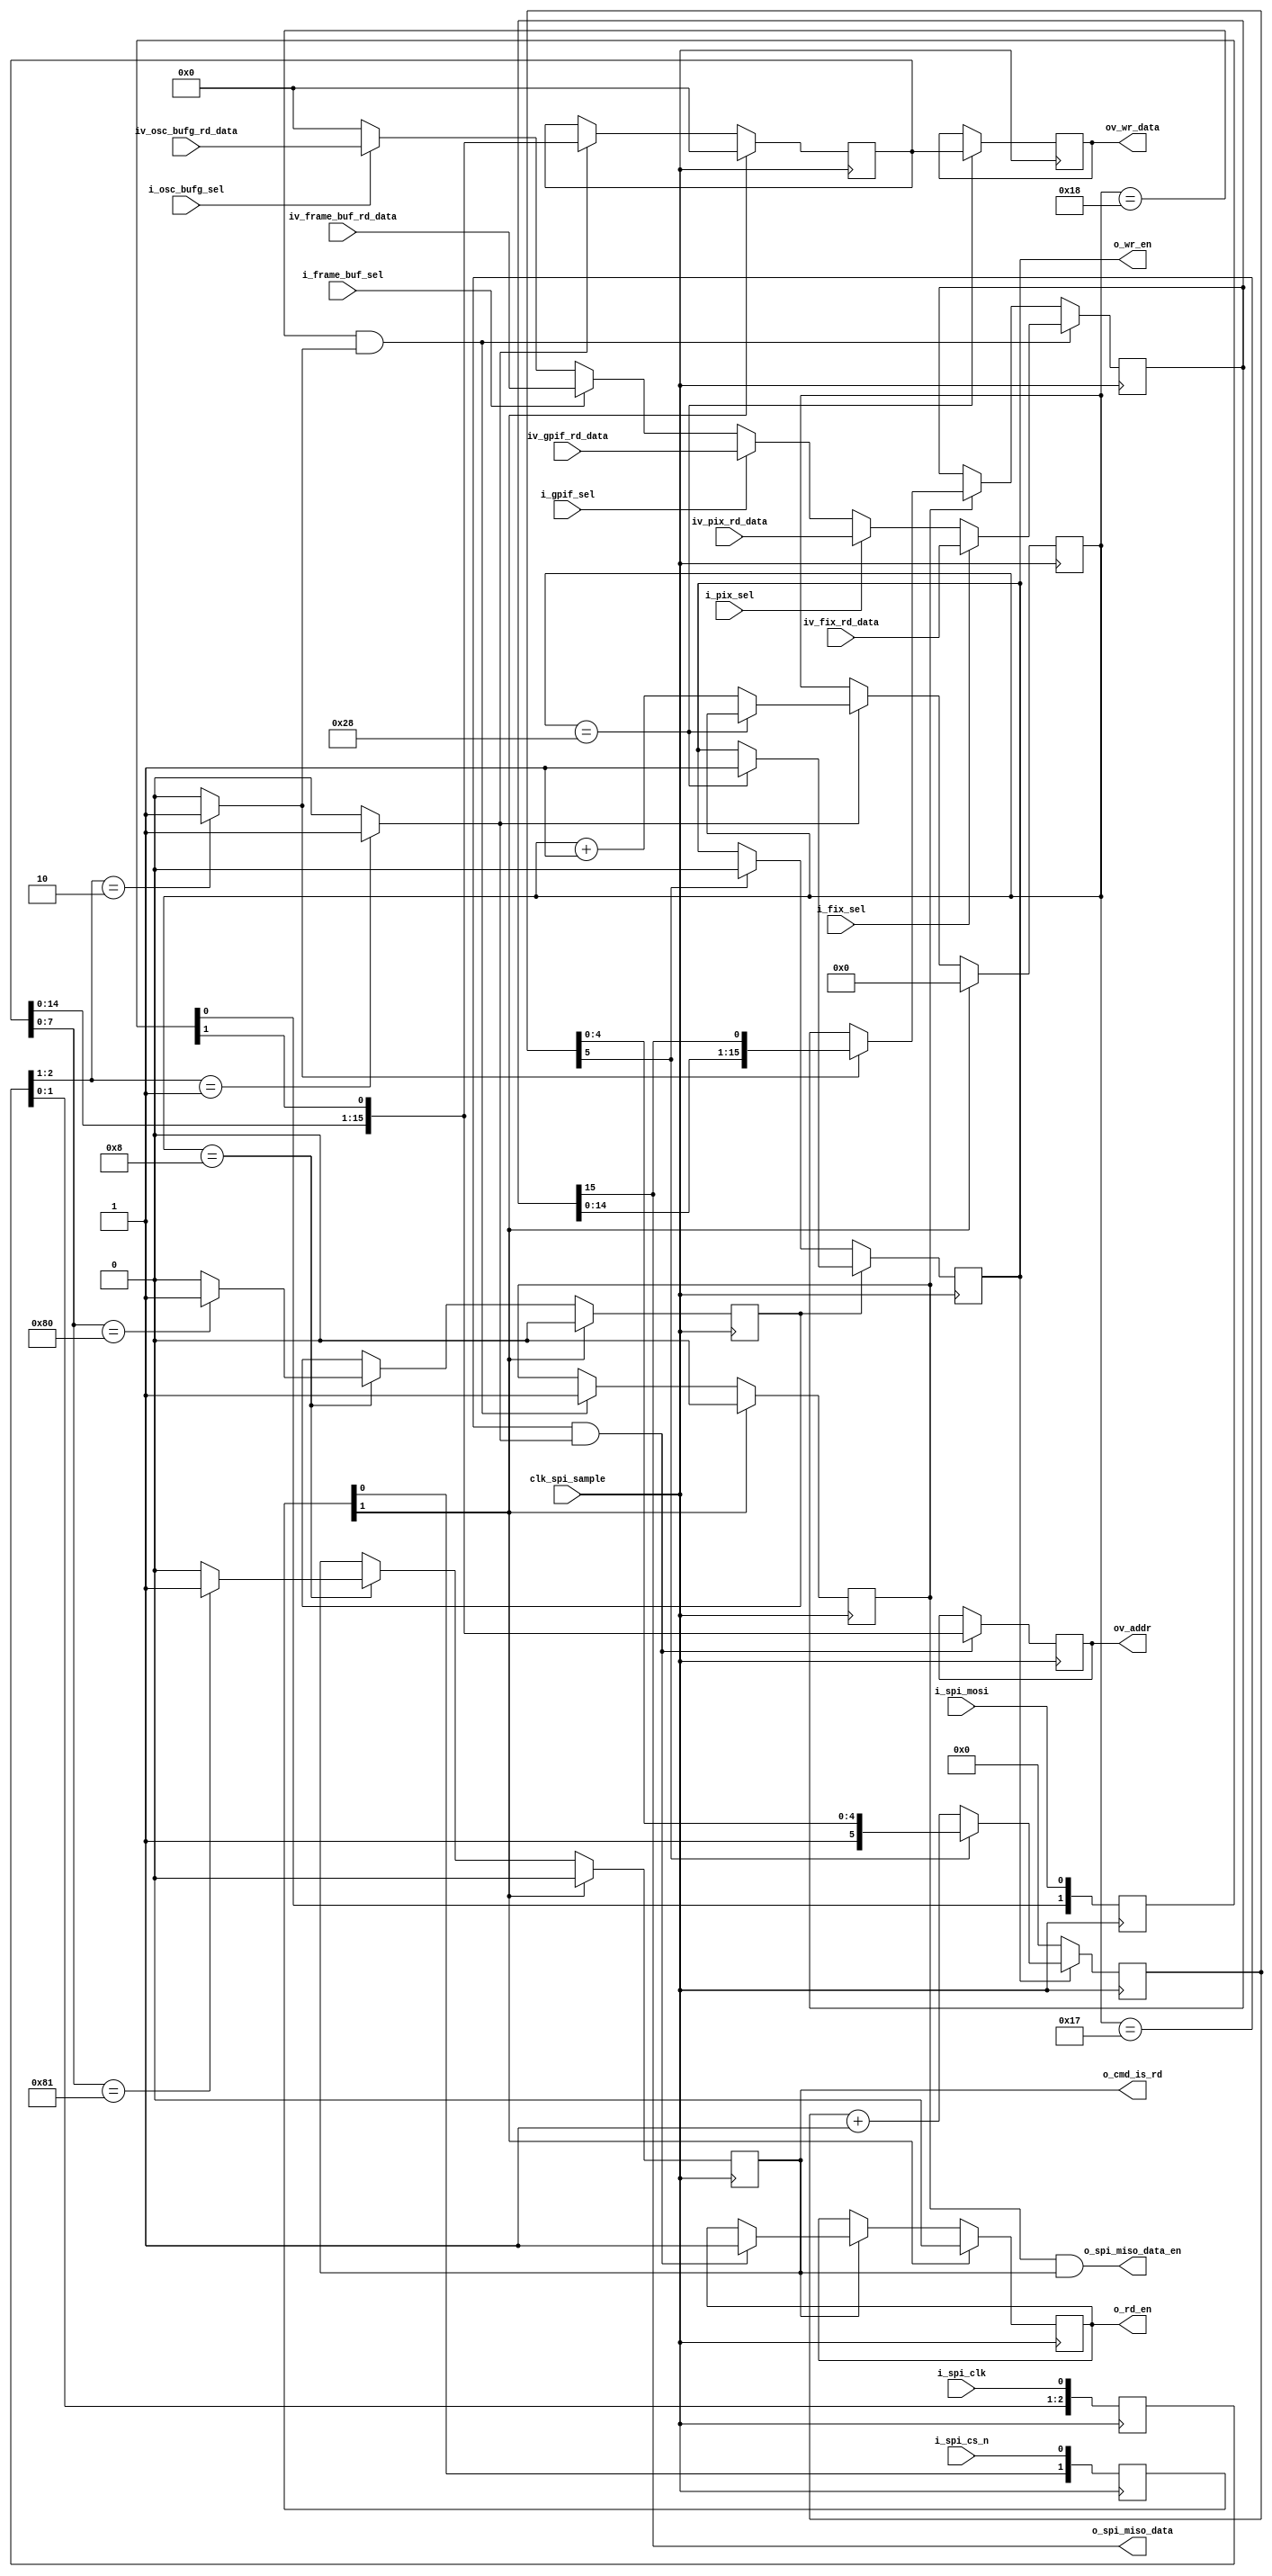
//-------------------------------------------------------------------------------------------------
//  --    : , 2010 -2015.
//  --      .
//  --          : FPGA
//  --        : spi_slave
//  --        : 
//-------------------------------------------------------------------------------------------------
//
//  --  :
//
//  --          :| 				:|  
//-------------------------------------------------------------------------------------------------
//  --        :| 2015/3/2 17:55:38	:|  
//-------------------------------------------------------------------------------------------------
//
//  --      :
//              1)  : ... ...
//
//              2)  : ... ...
//
//              3)  : ... ...
//
//-------------------------------------------------------------------------------------------------
///
`timescale 1ns/1ps
//-------------------------------------------------------------------------------------------------

module spi_slave # (
	parameter			SPI_CMD_LENGTH		= 8			,	//spi 
	parameter			SPI_CMD_WR			= 8'h80		,	//spi 
	parameter			SPI_CMD_RD			= 8'h81		,	//spi 
	parameter			SPI_ADDR_LENGTH		= 16		,	//spi 
	parameter			SPI_DATA_LENGTH		= 16			//spi 
	)
	(
	input							clk_spi_sample		,	//spi 
	//spi
	input							i_spi_clk			,	//spi   3
	input							i_spi_cs_n			,	//spi
	input							i_spi_mosi			,	//spi
	output							o_spi_miso_data		,	//spi
	output							o_spi_miso_data_en	,	//spi miso0-spimosi  1-
	//
	output							o_wr_en				,	//
	output							o_rd_en				,	//
	output							o_cmd_is_rd			,	//
	output	[SPI_ADDR_LENGTH-1:0]	ov_addr				,	//
	output	[SPI_DATA_LENGTH-1:0]	ov_wr_data			,	//
	input							i_pix_sel			,	//pix
	input	[SPI_DATA_LENGTH-1:0]	iv_pix_rd_data		,	//pix
	input							i_frame_buf_sel		,	//frame buf
	input	[SPI_DATA_LENGTH-1:0]	iv_frame_buf_rd_data,	//frame buf
	input							i_gpif_sel			,	//gpif
	input	[SPI_DATA_LENGTH-1:0]	iv_gpif_rd_data		,	//gpif
	input							i_osc_bufg_sel		,	//40MHz
	input	[SPI_DATA_LENGTH-1:0]	iv_osc_bufg_rd_data	,	//40MHz
	input							i_fix_sel			,	//
	input	[SPI_DATA_LENGTH-1:0]	iv_fix_rd_data			//
	);

	//	ref signals

	// cmd length addr length data lengthshifter
	localparam	SPI_SHFITER_LENGTH	= (SPI_CMD_LENGTH>=SPI_ADDR_LENGTH && SPI_CMD_LENGTH>=SPI_DATA_LENGTH) ? SPI_CMD_LENGTH :
	((SPI_ADDR_LENGTH>=SPI_CMD_LENGTH && SPI_ADDR_LENGTH>=SPI_DATA_LENGTH) ? SPI_ADDR_LENGTH :
	SPI_DATA_LENGTH);



	reg		[1:0]							spi_cs_shift		= 2'b00;
	reg		[2:0]							spi_clk_shift		= 3'b000;
	wire									spi_clk_rise		;
	wire									spi_clk_fall		;
	reg		[1:0]							spi_mosi_shift		= 2'b00;
	reg		[6:0]							sck_rising_cnt		= 7'b0;
	reg		[SPI_SHFITER_LENGTH-1:0]		spi_data_shifter	= {SPI_SHFITER_LENGTH{1'b0}};
	reg										cmd_wr				= 1'b0;
	reg										cmd_rd				= 1'b0;
	reg		[SPI_ADDR_LENGTH-1:0]			addr_reg			= {SPI_ADDR_LENGTH{1'b0}};
	reg		[SPI_DATA_LENGTH-1:0]			wr_data_reg			= {SPI_DATA_LENGTH{1'b0}};
	reg										wr_en				= 1'b0;
	reg		[5:0]							wr_en_extend		= 6'b0;
	reg										rd_en				= 1'b0;
	reg		[SPI_DATA_LENGTH-1:0]			rd_data_reg			= {SPI_DATA_LENGTH{1'b0}};
	reg										rd_data_shift_ena	= 1'b0;


	//	ref ARCHITECTURE

	//  ===============================================================================================
	//	ref ***spi  ***
	//  ===============================================================================================
	//  -------------------------------------------------------------------------------------
	//	spi cs 
	//  -------------------------------------------------------------------------------------
	always @ (posedge clk_spi_sample) begin
		spi_cs_shift	<= {spi_cs_shift[0],i_spi_cs_n};
	end

	//  -------------------------------------------------------------------------------------
	//	spi clk 
	//  -------------------------------------------------------------------------------------
	always @ (posedge clk_spi_sample) begin
		spi_clk_shift	<= {spi_clk_shift[1:0],i_spi_clk};
	end
	assign	spi_clk_rise	= (spi_clk_shift[2:1]==2'b01) ? 1'b1 : 1'b0;
	assign	spi_clk_fall	= (spi_clk_shift[2:1]==2'b10) ? 1'b1 : 1'b0;

	//  -------------------------------------------------------------------------------------
	//	spi mosi 
	//  -------------------------------------------------------------------------------------
	always @ (posedge clk_spi_sample) begin
		spi_mosi_shift	<= {spi_mosi_shift[0],i_spi_mosi};
	end

	//  ===============================================================================================
	//	ref ***mosi***
	//  ===============================================================================================
	//  -------------------------------------------------------------------------------------
	//	sck_rising_cnt spi clk
	//	sckspi
	//  -------------------------------------------------------------------------------------
	always @ (posedge clk_spi_sample) begin
		if(spi_cs_shift[1]) begin
			sck_rising_cnt	<= 7'b0;
		end
		else if(spi_clk_rise) begin
			if(sck_rising_cnt==7'd40) begin
				sck_rising_cnt	<= sck_rising_cnt;
			end
			else begin
				sck_rising_cnt	<= sck_rising_cnt + 1'b1;
			end
		end
	end

	//  -------------------------------------------------------------------------------------
	//	spi_data_shifter =
	//  -------------------------------------------------------------------------------------
	always @ (posedge clk_spi_sample) begin
		if(spi_cs_shift[1]) begin
			spi_data_shifter	<= {SPI_SHFITER_LENGTH{1'b0}};
		end
		else begin
			if(spi_clk_rise) begin
				spi_data_shifter	<= {spi_data_shifter[SPI_SHFITER_LENGTH-2:0],spi_mosi_shift[1]};
			end
		end
	end

	//  ===============================================================================================
	//	ref *** ***
	//  ===============================================================================================
	//  -------------------------------------------------------------------------------------
	//	cmd_wr cmd_rd 
	//	1.cs=1
	//	2.cs=0sck==
	//	3.cs=0sck==
	//  -------------------------------------------------------------------------------------
	always @ (posedge clk_spi_sample) begin
		if(spi_cs_shift[1]) begin
			cmd_wr	<= 1'b0;
			cmd_rd	<= 1'b0;
		end
		else begin
			if(sck_rising_cnt==SPI_CMD_LENGTH) begin
				case(spi_data_shifter[SPI_CMD_LENGTH-1:0])
					SPI_CMD_WR : begin
						cmd_wr	<= 1'b1;
						cmd_rd	<= 1'b0;
					end
					SPI_CMD_RD : begin
						cmd_wr	<= 1'b0;
						cmd_rd	<= 1'b1;
					end
					default : begin
						cmd_wr	<= 1'b0;
						cmd_rd	<= 1'b0;
					end
				endcase
			end
		end
	end
	assign	o_cmd_is_rd	= cmd_rd;
	
	//  -------------------------------------------------------------------------------------
	//	addr_reg 
	//	1.sck
	//  -------------------------------------------------------------------------------------
	always @ (posedge clk_spi_sample) begin
		if(sck_rising_cnt==SPI_CMD_LENGTH+SPI_ADDR_LENGTH-1 && spi_clk_rise==1'b1) begin
			addr_reg	<= {spi_data_shifter[SPI_ADDR_LENGTH-2:0],spi_mosi_shift[1]};
		end
	end
	assign	ov_addr	= addr_reg;

	//  ===============================================================================================
	//	ref ******
	//  ===============================================================================================
	//  -------------------------------------------------------------------------------------
	//	wr data
	//	1.sck
	//  -------------------------------------------------------------------------------------
	always @ (posedge clk_spi_sample) begin
		if(sck_rising_cnt==SPI_CMD_LENGTH+SPI_ADDR_LENGTH+SPI_DATA_LENGTH) begin
			wr_data_reg	<= spi_data_shifter[SPI_DATA_LENGTH-1:0];
		end
	end
	assign	ov_wr_data	= wr_data_reg;

	//  -------------------------------------------------------------------------------------
	//	wr en
	//	1.spisck=1
	//	2.=1=0
	//  -------------------------------------------------------------------------------------
	always @ (posedge clk_spi_sample) begin
		if(cmd_wr) begin
			if(sck_rising_cnt==SPI_CMD_LENGTH+SPI_ADDR_LENGTH+SPI_DATA_LENGTH) begin
				wr_en	<= 1'b1;
			end
		end
		else if(wr_en_extend[5]) begin
			wr_en	<= 1'b0;
		end
	end
	assign	o_wr_en	= wr_en;

	//  -------------------------------------------------------------------------------------
	//	wr en extend
	//  -------------------------------------------------------------------------------------
	always @ (posedge clk_spi_sample) begin
		if(!wr_en) begin
			wr_en_extend	<= 6'b0;
		end
		else begin
			if(wr_en_extend[5]) begin
				wr_en_extend	<= wr_en_extend;
			end
			else begin
				wr_en_extend	<= wr_en_extend + 1'b1;
			end
		end
	end

	//  ===============================================================================================
	//	ref ******
	//  ===============================================================================================
	//  -------------------------------------------------------------------------------------
	//	rd en
	//	1.cs=1=0
	//	2.spisck=1
	//  -------------------------------------------------------------------------------------
	always @ (posedge clk_spi_sample) begin
		if(spi_cs_shift[1]) begin
			rd_en	<= 1'b0;
		end
		else if(cmd_rd) begin
			if(sck_rising_cnt==SPI_CMD_LENGTH+SPI_ADDR_LENGTH-1 && spi_clk_rise==1'b1) begin
				rd_en	<= 1'b1;
			end
		end
	end
	assign	o_rd_en	= rd_en;

	//  -------------------------------------------------------------------------------------
	//	
	//	1.sck cmd + addr sck
	//	2.spi
	//	3.
	//	4.sck
	//
	//  -------------------------------------------------------------------------------------
	always @ (posedge clk_spi_sample) begin
		if(sck_rising_cnt==SPI_CMD_LENGTH+SPI_ADDR_LENGTH && spi_clk_fall==1'b1) begin
			if(i_fix_sel) begin
				rd_data_reg	<= iv_fix_rd_data	;
			end
			else if(i_pix_sel) begin
				rd_data_reg	<= iv_pix_rd_data	;
			end
			else if(i_gpif_sel) begin
				rd_data_reg	<= iv_gpif_rd_data	;
			end
			else if(i_frame_buf_sel) begin
				rd_data_reg	<= iv_frame_buf_rd_data	;
			end
			else if(i_osc_bufg_sel) begin
				rd_data_reg	<= iv_osc_bufg_rd_data	;
			end
			else begin
				rd_data_reg	<= {SPI_DATA_LENGTH{1'b0}}	;
			end
		end
		else if(rd_data_shift_ena) begin
			if(spi_clk_fall) begin
				rd_data_reg	<= {rd_data_reg[SPI_DATA_LENGTH-2:0],rd_data_reg[SPI_DATA_LENGTH-1]};
			end
		end
	end

	//  -------------------------------------------------------------------------------------
	//	miso
	//	1.sck cmd + addr sck
	//  -------------------------------------------------------------------------------------
	always @ (posedge clk_spi_sample) begin
		if(spi_cs_shift[1]) begin
			rd_data_shift_ena	<= 1'b0;
		end
		else if(sck_rising_cnt==SPI_CMD_LENGTH+SPI_ADDR_LENGTH && spi_clk_fall==1'b1) begin
			rd_data_shift_ena	<= 1'b1;
		end
	end

	//  ===============================================================================================
	//	ref ***miso***
	//  ===============================================================================================
	assign	o_spi_miso_data_en	= rd_data_shift_ena&cmd_rd;
	assign	o_spi_miso_data		= rd_data_reg[SPI_DATA_LENGTH-1];
	
	//
	//	assign	o_spi_miso	= o_spi_miso_data_en ? o_spi_miso_data : 1'bz;










endmodule